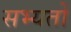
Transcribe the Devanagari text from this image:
सभ्यतों